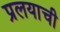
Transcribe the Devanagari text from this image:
प्रलयाची